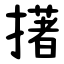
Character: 擆